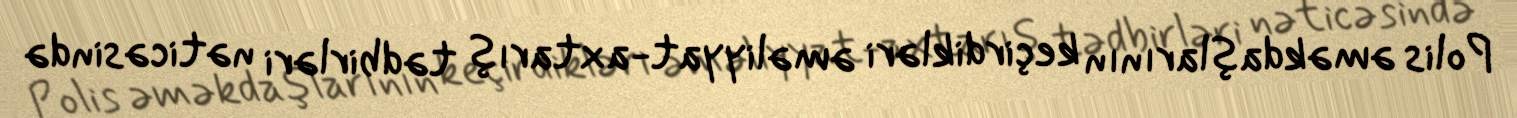
Polis əməkdaşlarının keçirdikləri əməliyyat-axtarış tədbirləri nəticəsində